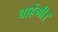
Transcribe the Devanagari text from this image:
चाहेंगी।